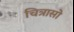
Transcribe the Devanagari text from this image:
चित्रासो